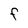
Character: F